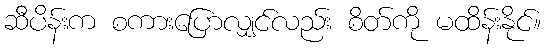
ဆီပိန်းက စကားပြောလျှင်လည်း စိတ်ကို မထိန်းနိုင်။